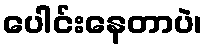
ပေါင်းနေတာပဲ၊